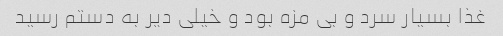
غذا بسیار سرد و بی مزه بود و خیلی دیر به دستم رسید